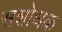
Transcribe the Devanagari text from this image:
सशोधक